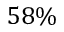
5 8 \%